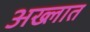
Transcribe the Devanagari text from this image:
अख्लात